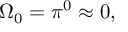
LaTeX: \Omega _ { 0 } = \pi ^ { 0 } \approx 0 ,